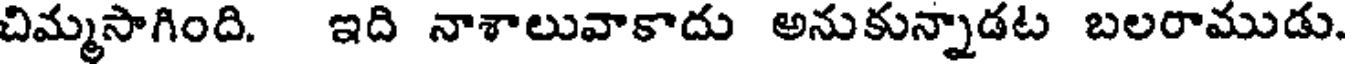
చిమ్మసాగింది. ఇది నాశాలువాకాదు అనుకున్నాడట బలరాముడు.